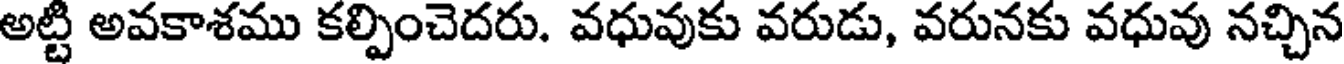
అట్టి అవకాశము కల్పించెదరు. వధువుకు వరుడు, వరునకు వధువు నచ్చిన